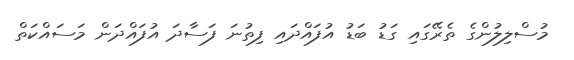
މުސްލިލުންގެ ތެރޭގައި ގަޑު ބަޑު އުފައްދައި ފިތުނަ ފަސާދަ އުފައްދަން މަސައްކަތް